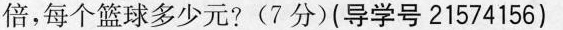
倍，每个篮球多少元?(7分)(导学号21574156)